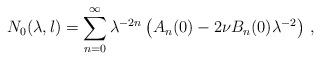
LaTeX: \begin{align*}N_0 (\lambda ,l) = \sum\limits_{n=0}^{\infty}\lambda^{-2n}\left( A_n(0) - 2\nu B_n(0)\lambda^{-2}\right)\,,\end{align*}